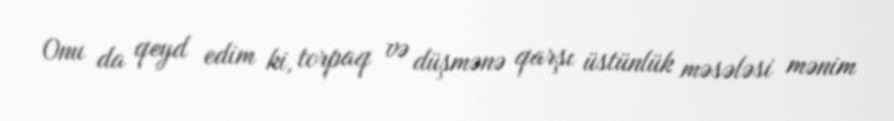
Onu da qeyd edim ki, torpaq və düşmənə qarşı üstünlük məsələsi mənim